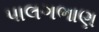
પાલગભાણ